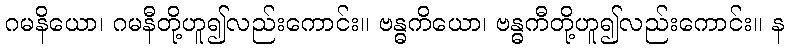
ဂမနိယော၊ ဂမနီတို့ဟူ၍လည်းကောင်း။ ဗန္ဓကိယော၊ ဗန္ဓကီတို့ဟူ၍လည်းကောင်း။ န